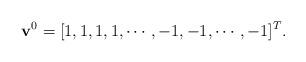
LaTeX: \begin{align*}\mathbf{v}^{0}=[1, 1, 1, 1, \cdots, -1, -1, \cdots, -1]^{T}.\end{align*}